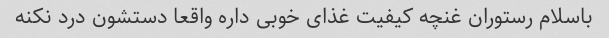
باسلام رستوران غنچه کیفیت غذای خوبی داره واقعا دستشون درد نکنه